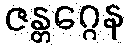
ဇန္တဂ္ဂေန